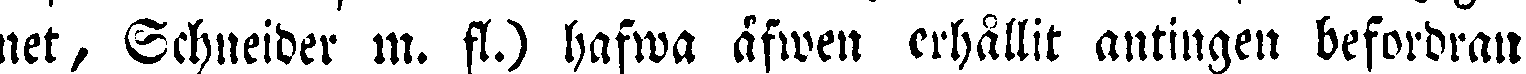
net, Schneider m. fl.) hafwa äfwen erhållit antingen befordran